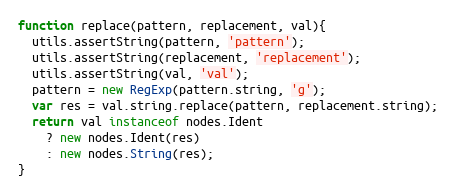
Language: JavaScript
function replace(pattern, replacement, val){
  utils.assertString(pattern, 'pattern');
  utils.assertString(replacement, 'replacement');
  utils.assertString(val, 'val');
  pattern = new RegExp(pattern.string, 'g');
  var res = val.string.replace(pattern, replacement.string);
  return val instanceof nodes.Ident
    ? new nodes.Ident(res)
    : new nodes.String(res);
}